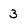
Character: 3